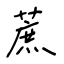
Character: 蔗